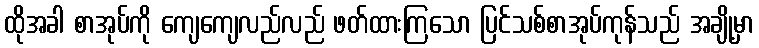
ထိုအခါ စာအုပ်ကို ကျေကျေလည်လည် ဖတ်ထားကြသော ပြင်သစ်စာအုပ်ကုန်သည် အချို့မှာ